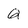
Character: Q